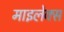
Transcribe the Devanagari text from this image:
माइलेक्स